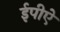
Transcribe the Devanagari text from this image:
ईपीऐ